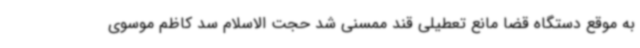
به موقع دستگاه قضا مانع تعطیلی قند ممسنی شد حجت الاسلام سد کاظم موسوی